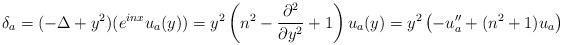
LaTeX: \begin{align*}\delta_a = (-\Delta+y^2) (e^{inx}u_a(y))= y^2\left(n^2 -\frac{\partial^2}{\partial y^2}+{1}\right)u_a(y)=y^2\left(-u_a'' + (n^2+{1})u_a\right) \end{align*}